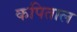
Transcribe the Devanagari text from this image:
कपिताल